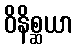
ဝိနိစ္ဆယာ